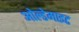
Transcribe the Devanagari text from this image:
ओल्डेमाइट